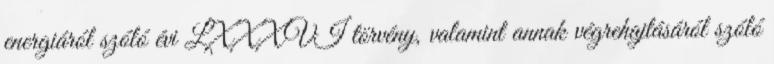
energiáról szóló évi LXXXVI törvény, valamint annak végrehajtásáról szóló